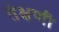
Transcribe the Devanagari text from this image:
तेक्षणी